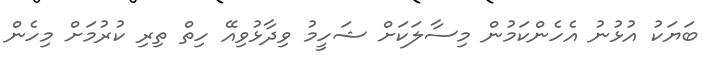
ބަޔަކު އުޅުނު އެހެންކަމުން މިސާލަކަށް ޝަހީމު ވިދާޅުވިއޭ ހިތް ތިރި ކުރުމަށް މިހެން